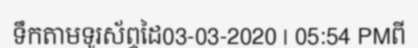
ទឹកតាមទូរស័ព្ទដៃ03-03-2020 | 05:54 PMពី